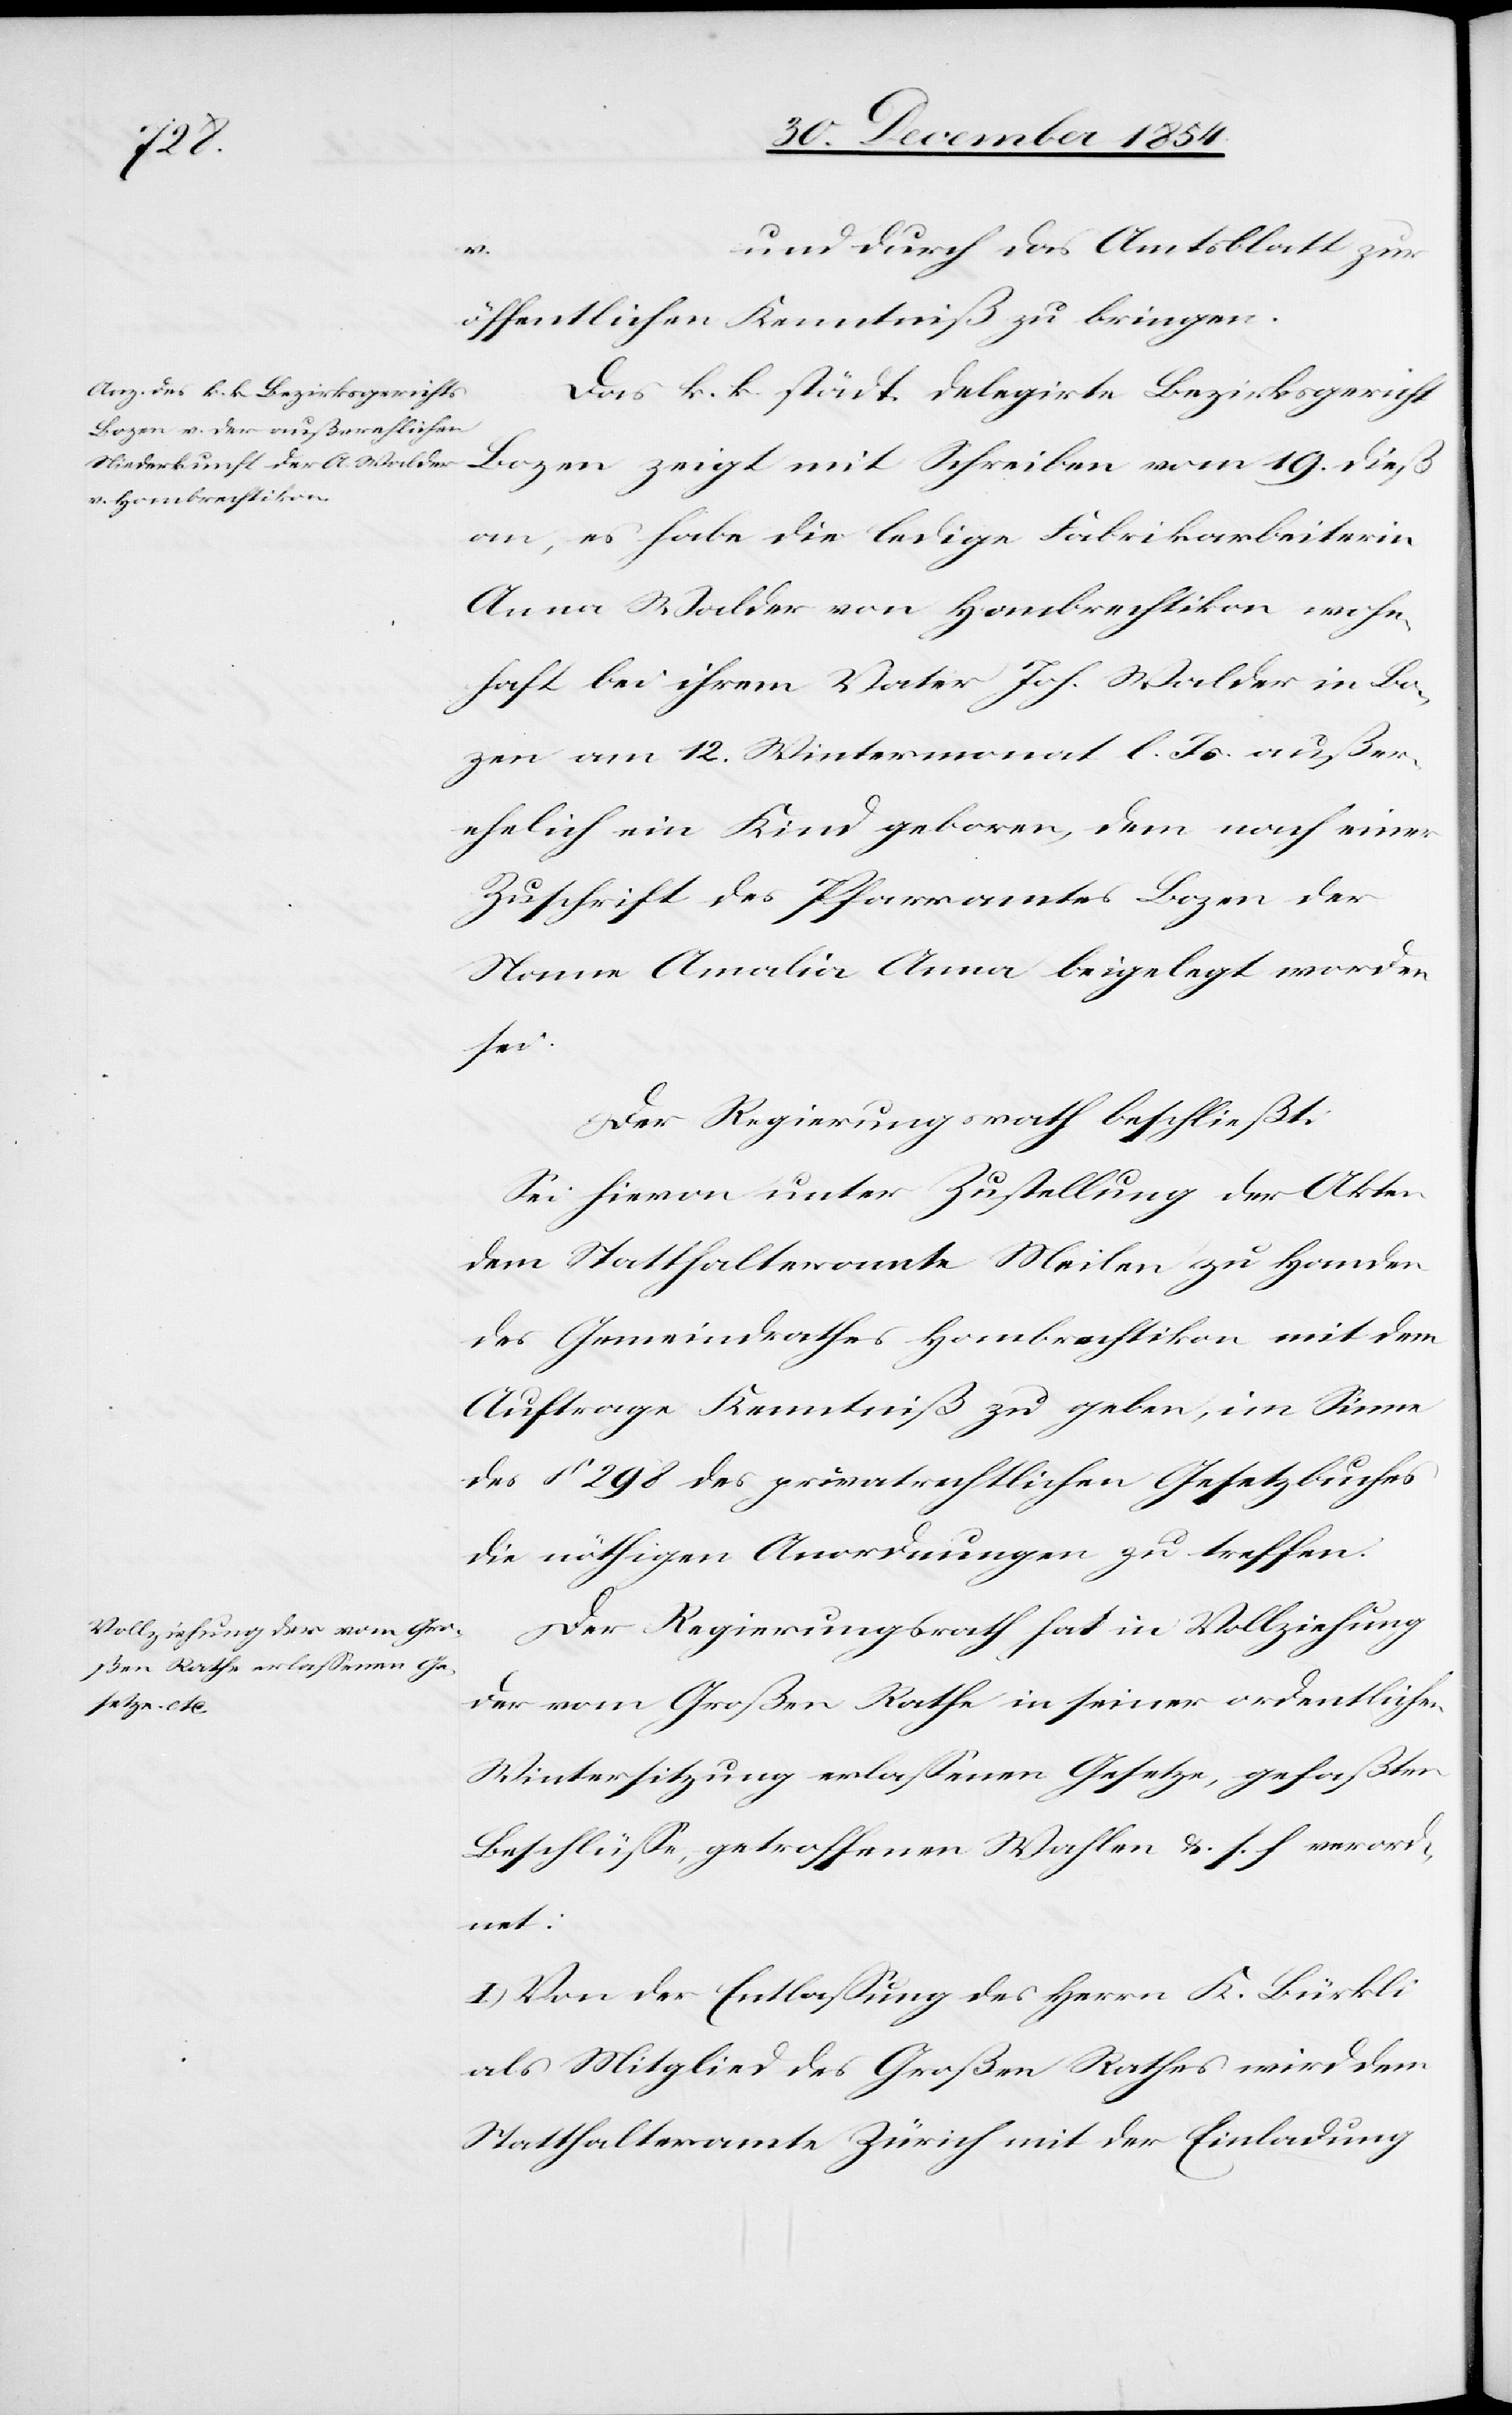
…)

und durch das Amtsblatt zur
öffentlichen Kenntniß zu bringen.
Das k. k. städt. delegirte Bezirksgericht
Bozen zeigt mit Schreiben vom 19. dieß
an, es habe die ledige Fabrikarbeiterin
Anna Walder von Hombrechtikon wohn¬
haft bei ihrem Vater Joh. Walder in Bo¬
zen am 12. Wintermonat l. Js. außer¬
ehelich ein Kind geboren, dem nach einer
Zuschrift des Pfarramtes Bozen der
Name Amalia Anna beigelegt worden
sei.
Der Regierungsrath beschließt:
Sei hievon unter Zustellung der Akten
dem Statthalteramte Meilen zu Handen
des Gemeindrathes Hombrechtikon mit dem
Auftrage Kenntniß zu geben, im Sinne
des § 298 des privatrechtlichen Gesetzbuches
die nöthigen Anordnungen zu treffen.
Der Regierungsrath hat in Vollziehung
der vom Großen Rathe in seiner ordentlichen
Wintersitzung erlaßenen Gesetze, gefaßter
Beschlüße, getroffenen Wahlen u. s. f. verord¬
net:
I.) Von der Entlaßung des Herrn K. Bürkli
als Mitglied des Großen Rathes wird dem
Statthalteramte Zürich mit der Einladung